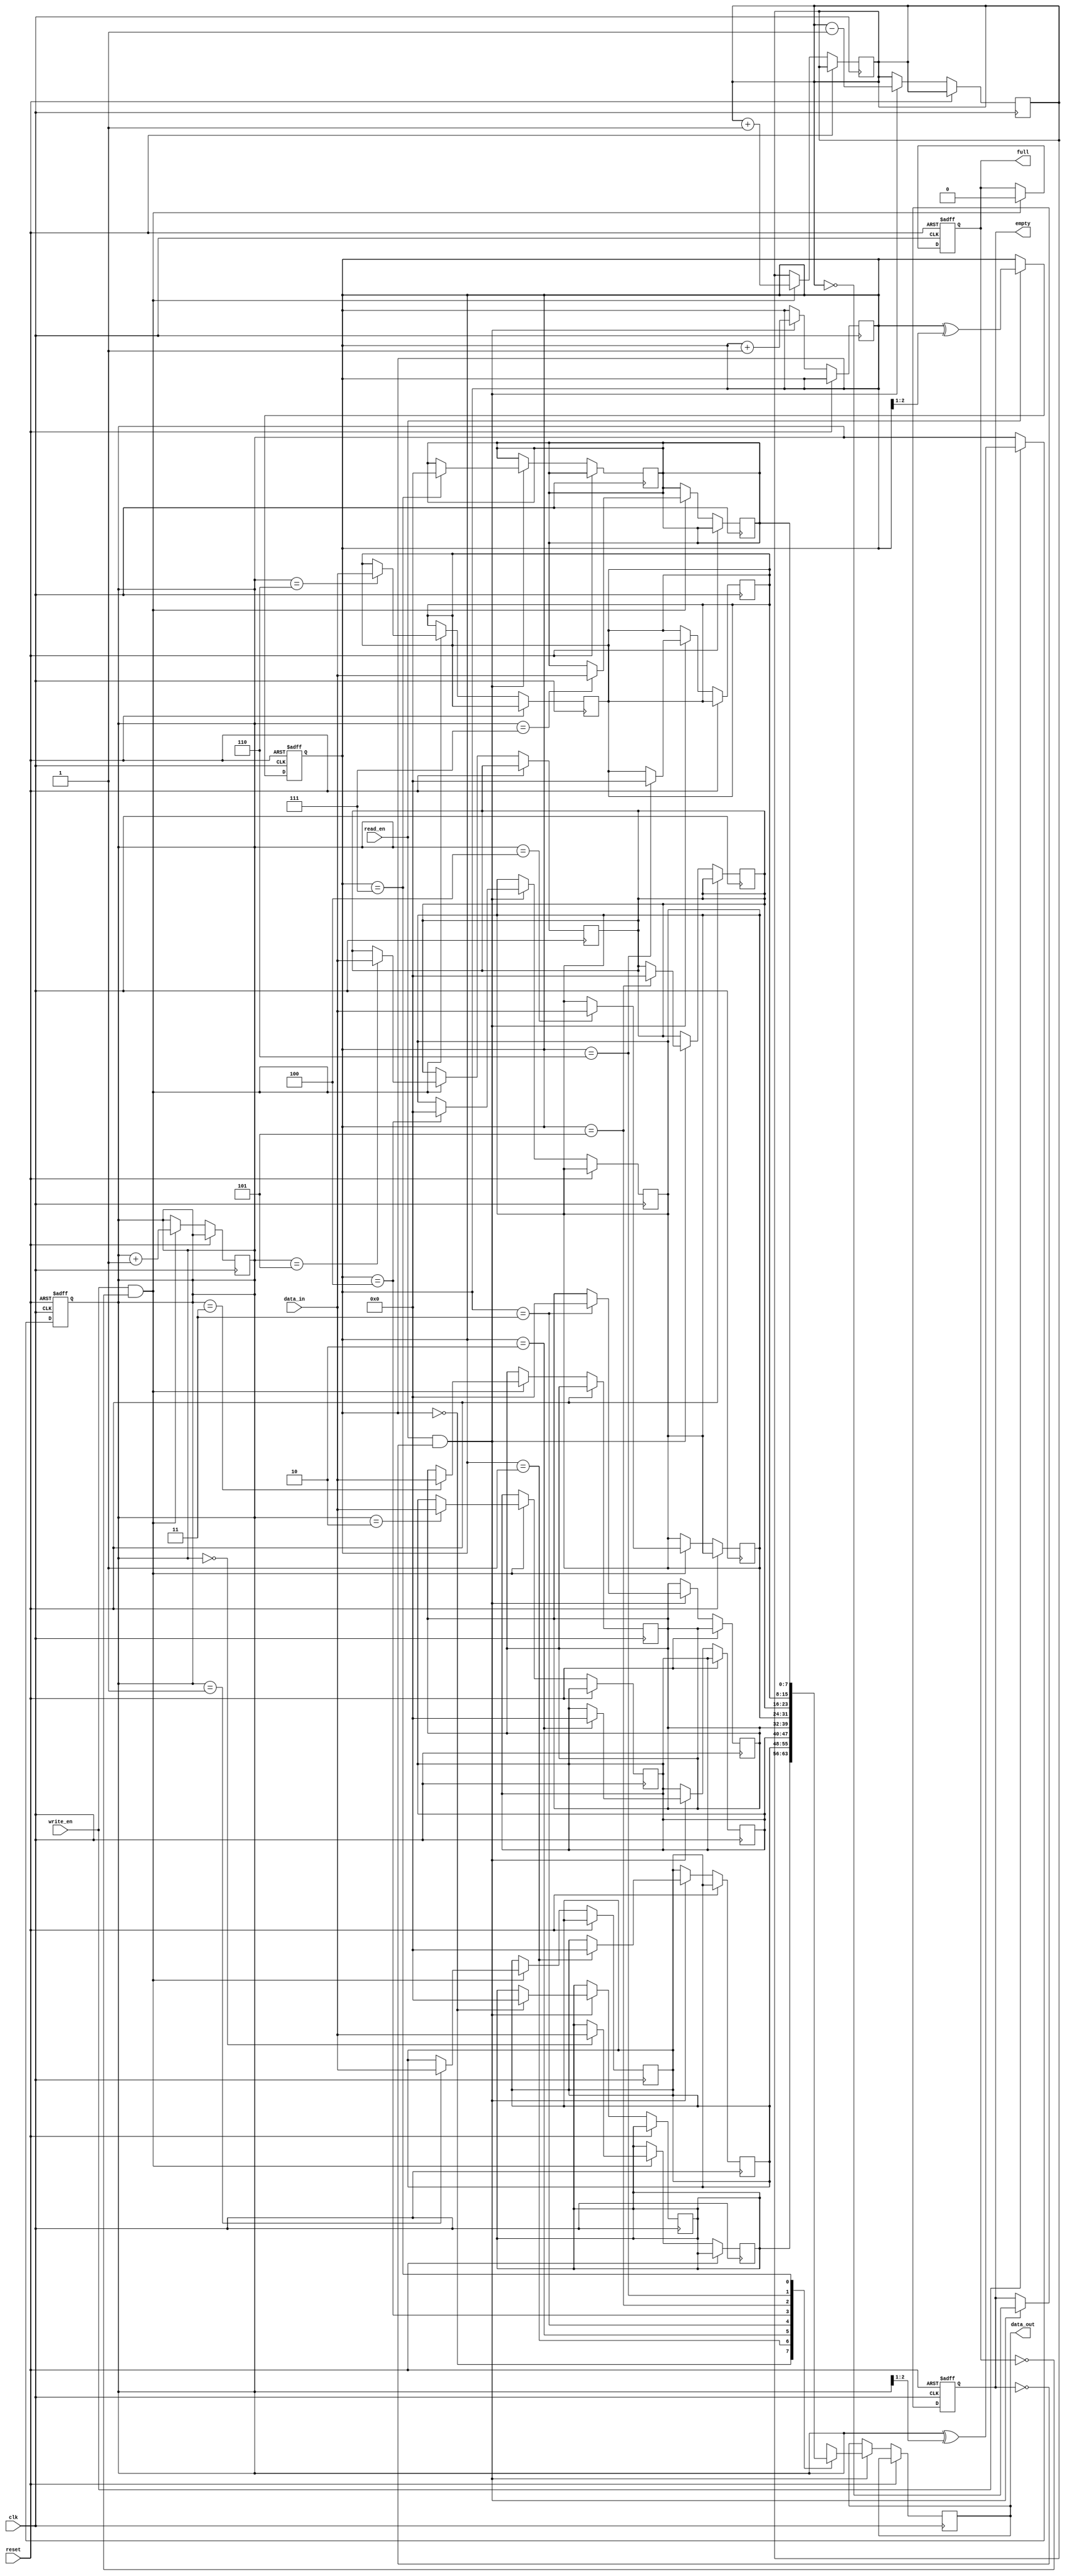
module gray_fifo (
    input clk,
    input reset,
    input write_en,
    input read_en,
    input [DATA_WIDTH-1:0] data_in,
    output reg [DATA_WIDTH-1:0] data_out,
    output reg full,
    output reg empty
);

parameter DATA_WIDTH = 8; // Define the width of data stored in the FIFO

reg [DATA_WIDTH-1:0] fifo [0:7]; // Define FIFO memory with a depth of 8

reg [2:0] write_ptr = 0; // Initialize write pointer
reg [2:0] read_ptr = 0; // Initialize read pointer

reg [2:0] num_elements = 0; // Initialize number of elements in the FIFO

// Gray code logic for write pointer
always @ (posedge clk or posedge reset)
begin
    if (reset)
        write_ptr <= 3'b000;
    else if (write_en)
        write_ptr <= write_ptr ^ (write_ptr >> 1);
end

// Gray code logic for read pointer
always @ (posedge clk or posedge reset)
begin
    if (reset)
        read_ptr <= 3'b000;
    else if (read_en)
        read_ptr <= read_ptr ^ (read_ptr >> 1);
end

// Data write operation
always @ (posedge clk or posedge reset)
begin
    if (reset)
        full <= 0;
    else if (write_en && !full)
    begin
        fifo[write_ptr] <= data_in;
        write_ptr <= write_ptr + 1;
        num_elements <= num_elements + 1;
        full <= (num_elements == 8);
    end
end

// Data read operation
always @ (posedge clk or posedge reset)
begin
    if (reset)
        empty <= 1;
    else if (read_en && !empty)
    begin
        data_out <= fifo[read_ptr];
        fifo[read_ptr] <= 0;
        read_ptr <= read_ptr + 1;
        num_elements <= num_elements - 1;
        empty <= (num_elements == 0);
    end
end

endmodule